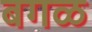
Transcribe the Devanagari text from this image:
बगळ